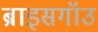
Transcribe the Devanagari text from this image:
ब्राइसगॉउ